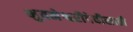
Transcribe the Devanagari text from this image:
भुवनेश्वरीदेवीसाठी